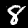
Digit: 8